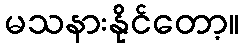
မသနားနိုင်တော့။